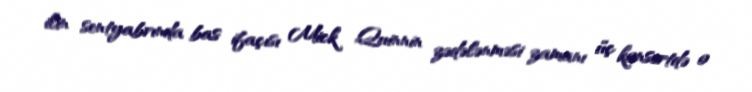
ilin sentyabrında bas ifaçısı Mick Quinnin zədələnməsi zamanı üç konsertdə o